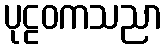
ပုဠဝကသညာ